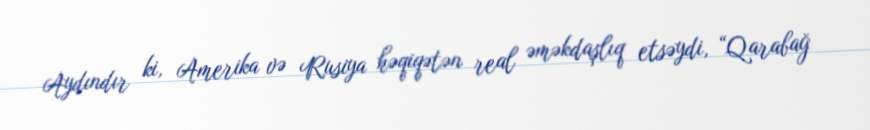
Aydındır ki, Amerika və Rusiya həqiqətən real əməkdaşlıq etsəydi, “Qarabağ